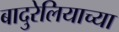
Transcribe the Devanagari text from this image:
बादुरेलियाच्या